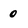
Character: 0